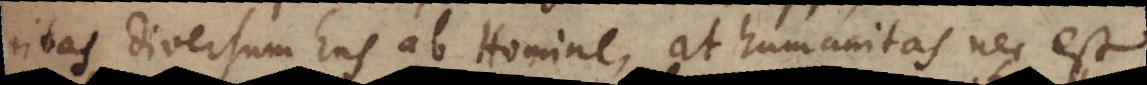
nitas diversum Ens ab Homine, at humanitas nec est